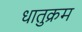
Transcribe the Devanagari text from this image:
धातुक्रम